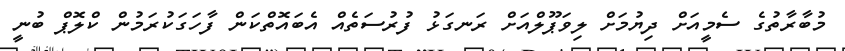
މުބާރާތުގެ ސެމީއަށް ދިޔުމަށް ލިވަޕޫލްއަށް ރަނގަޅު ފުރުސަތެއް އެބައޮތްކަން ފާހަގަކުރަމުން ކްލޮޕް ބުނީ